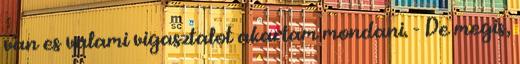
van es valami vigasztalot akartam mondani. - De megis,